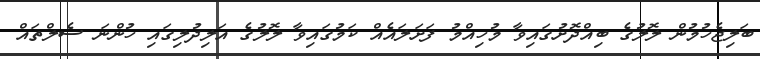
ބަލިޖެހުމުން ލޮލުގެ ބިއްދޮށުގައިވާ މުހިއްމު ފަށަލައެއް ކަމުގައިވާ ލޮލުގެ އަލިދުލިގައި ހުންނަ ސެލްތައް